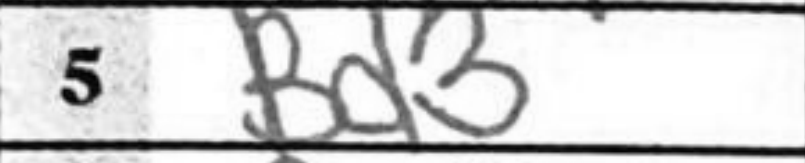
Transcription: B3